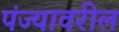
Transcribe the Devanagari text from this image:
पंज्यावरील